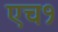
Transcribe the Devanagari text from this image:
एच१